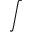
\displaystyle \int